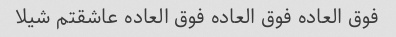
فوق العاده فوق العاده فوق العاده عاشقتم شیلا